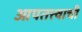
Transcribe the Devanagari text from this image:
आपतत्त्वाची